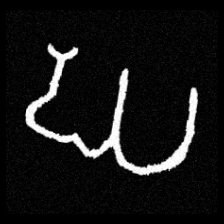
Pyu character \u2014 Myanmar letter: ဃ (romanized: gha)